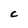
Character: C